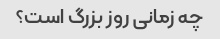
چه زمانی روز بزرگ است؟